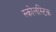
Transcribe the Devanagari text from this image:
स्कोलस्टिक